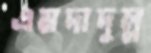
এমদাদুল্ল